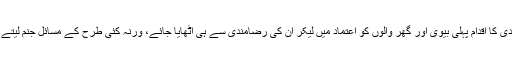
حسن معاشرت کاتقاضا بھی یہی ہے کہ دوسری شادی کا اقدام پہلی بیوی اور گھر والوں کو اعتماد میں لیکر ان کی رضامندی سے ہی اٹھایا جائے، ورنہ کئی طرح کے مسائل جنم لیتے ہیں اور گھر کا سکون تباہ ہونے کا اندیشہ ہوتا ہے۔